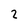
Character: 2